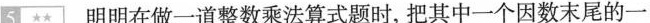
5\star \star 明明在做一道整数乘法算式题时，把其中一个因数末尾的一